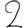
Digit: 2